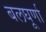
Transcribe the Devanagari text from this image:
बलघूर्णा